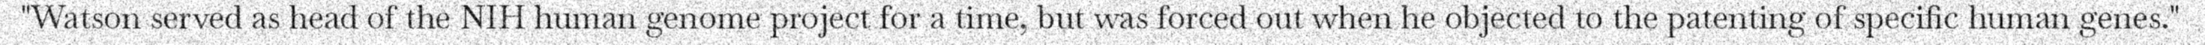
"Watson served as head of the NIH human genome project for a time, but was forced out when he objected to the patenting of specific human genes."